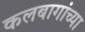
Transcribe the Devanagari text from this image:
कलबागांच्या